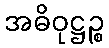
အဓိဝုဋ္ဌဉ္စ